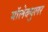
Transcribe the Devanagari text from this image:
मॉलेक्युलर